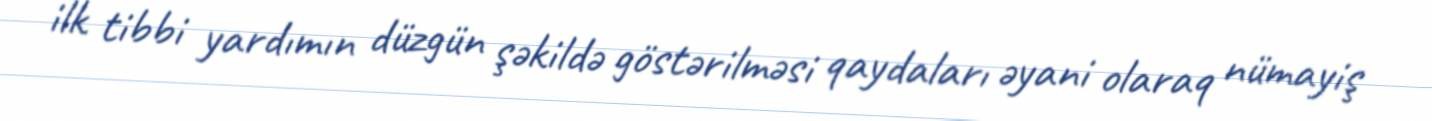
ilk tibbi yardımın düzgün şəkildə göstərilməsi qaydaları əyani olaraq nümayiş